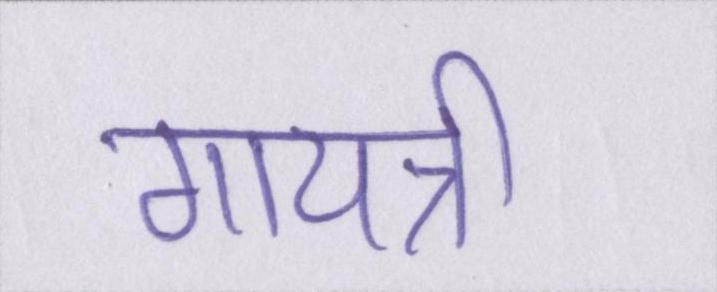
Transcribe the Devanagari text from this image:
गायत्री